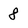
Character: 8